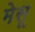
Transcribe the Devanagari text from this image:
मेसू